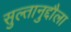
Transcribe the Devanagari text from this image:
सुल्तानुद्दौला